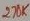
Text: 270K